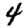
Digit: 4